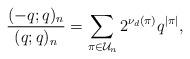
LaTeX: \begin{align*}\frac{(-q;q)_n}{(q;q)_n} = \sum_{\pi \in \mathcal{U}_n} 2^{\nu_d(\pi)}q^{|\pi|},\end{align*}